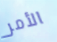
الأمر